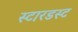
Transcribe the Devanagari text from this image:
स्‍टारडस्‍ट